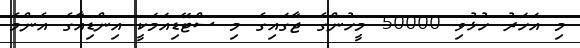
މި އަހަރު ހުޅުވި 50000 މީހުންގެ ޖާގައިގެ މި ސްޓޭޑިއަމަކީ އިންޑިއާގެ އެންމެ